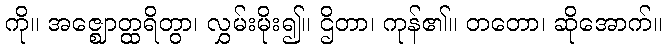
ကို။ အဇ္ဈောတ္ထရိတွာ၊ လွှမ်းမိုး၍။ ဌိတာ၊ ကုန်၏။ တတော၊ ဆိုအောက်။